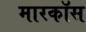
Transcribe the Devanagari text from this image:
मारकॉस